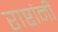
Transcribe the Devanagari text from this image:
राष्टांनी